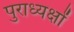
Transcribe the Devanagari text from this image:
पुराध्यक्षों